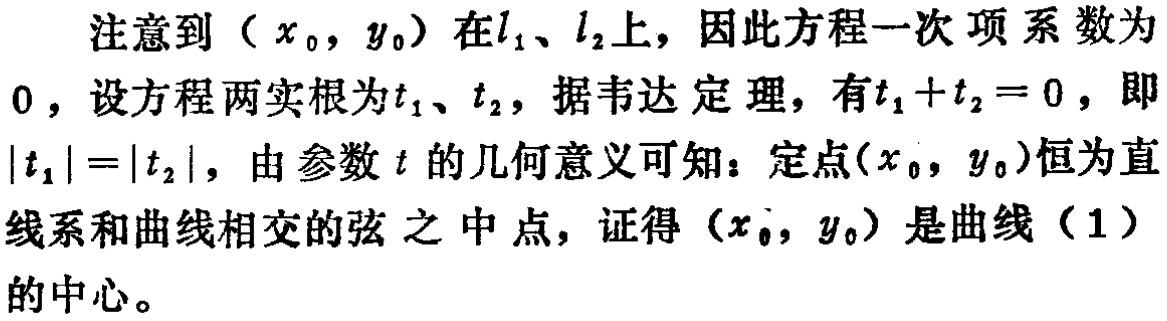
注意到\((x_0,y_0)\)在\(l_1\)、\(l_2\)上，因此方程一次项系数为\(0\)，设方程两实根为\(t_1\)、\(t_2\)，据韦达定理，有\(t_1 + t_2 = 0\)，即\(\vert t_1\vert=\vert t_2\vert\)，由参数\(t\)的几何意义可知：定点\((x_0,y_0)\)恒为直线系和曲线相交的弦之中点，证得\((x_0,y_0)\)是曲线（1）的中心。